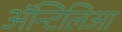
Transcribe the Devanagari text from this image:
अॅन्टिलिआ